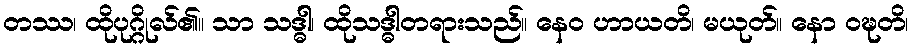
တဿ၊ ထိုပုဂ္ဂိုလ်၏။ သာ သဒ္ဓါ၊ ထိုသဒ္ဓါတရားသည်။ နေဝ ဟာယတိ၊ မယုတ်။ နော ဝဍ္ဎတိ၊